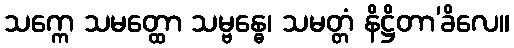
သက္ကေ သမတ္ထော သမ္ဗန္ဓေ၊ သမတ္တံ နိဋ္ဌိတာ’ခိလေ။